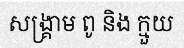
សង្គ្រាម ពូ និង ក្មួយ